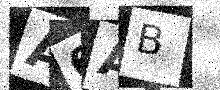
Text: A6AB